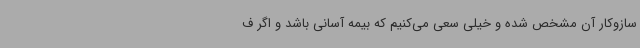
سازوکار آن مشخص شده و خیلی سعی می‌کنیم که بیمه آسانی باشد و اگر ف